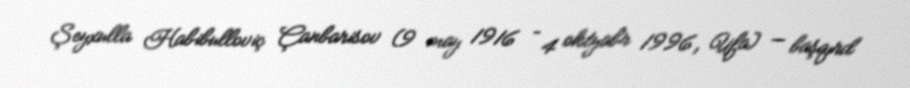
Şeyxulla Habibulloviç Çanbarisov (9 may 1916 – 4 oktyabr 1996, Ufa) — başqırd